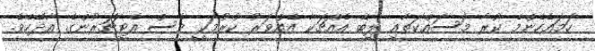
ހަމައެހެންމެ ކުރާ މަސައްކަތާއި ލިބޭ އެއްޗަކާ އެއްވަރު ކުރުމަކީ ވެސް އެޓީޗަރުންގެ އާދޭހެވެ.